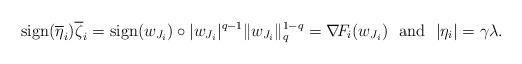
LaTeX: \begin{align*} {\rm sign}(\overline{\eta}_i)\overline{\zeta}_i ={\rm sign}(w_{J_i})\circ|w_{J_i}|^{q-1}\|w_{J_i}\|_q^{1-q}=\nabla\!F_i(w_{J_i}) \ \ {\rm and}\ \ |\eta_i|=\gamma\lambda. \end{align*}